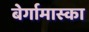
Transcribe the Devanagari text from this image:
बेर्गामास्का